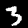
Digit: 3